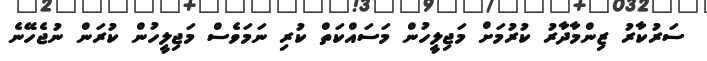
ސަރުކާރު ޒިންމާދާރު ކުރުމަށް މަޖިލީހުން މަސައްކަތް ކުރި ނަމަވެސް މަޖިލީހުން ކުރަން ނުޖެހޭނެ